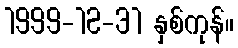
1999-12-31 နှစ်ကုန်။